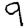
Digit: 9